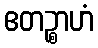
ဧတဉ္စာဟံ